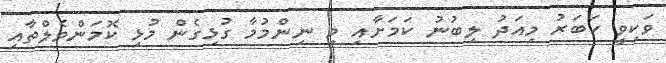
ވަކިވީ ހަބަރު މިއަދު ލިބުނު ކަމަށާއި މި ނިންމުމާ ގުޅިގެން މުޅި ކޮމަންވެލްތާއި